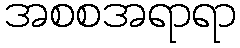
အစစအရာရာ